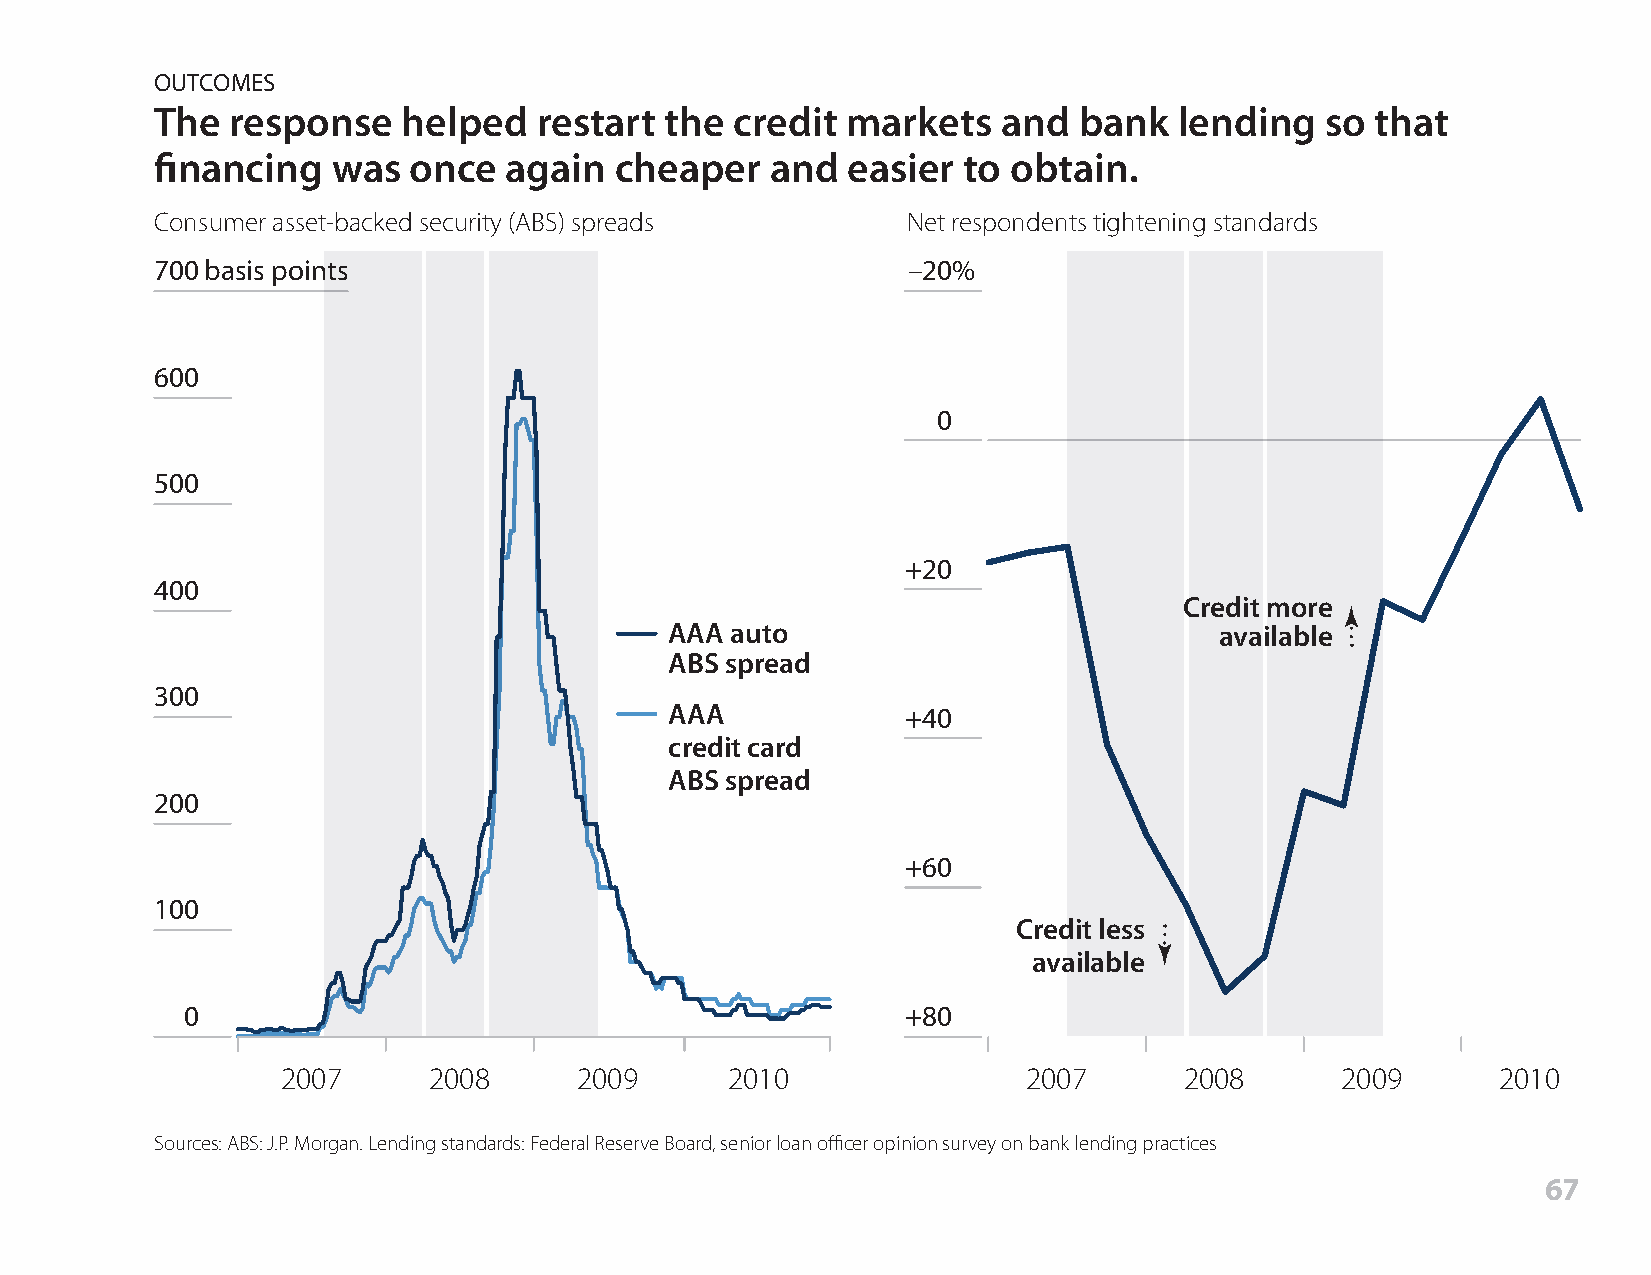
OUTCOMES
 The  response    helped   restart the  credit markets   and  bank   lending   so that
 financing   was  once  again   cheaper   and  easier  to obtain.
 Consumer asset-backed security (ABS) spreads      Net respondents tightening standards
 700 basis points                                  –20%
 600
 0
 500
 +20
 400
 Credit more
 AAA auto                             available
 ABS spread
 300
 AAA             +40
 credit card
 ABS spread
 200
 +60
 100
 Credit less
 available
 0                                               +80
 2007     2008      2009      2010                2007      2008       2009      2010
 Sources: ABS: J.P. Morgan. Lending standards: Federal Reserve Board, senior loan officer opinion survey on bank lending practices
 67